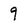
Character: 9